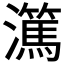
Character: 𬉤